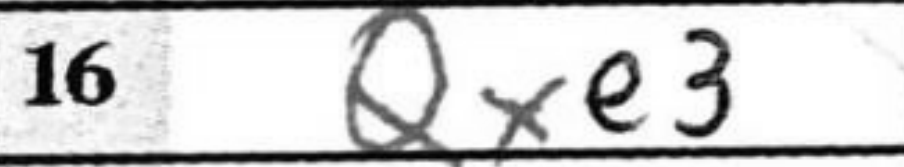
Transcription: Qxe3